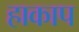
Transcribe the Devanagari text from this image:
हाकाप